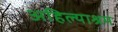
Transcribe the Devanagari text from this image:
अहिल्याश्रम